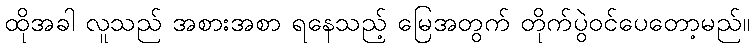
ထိုအခါ လူသည် အစားအစာ ရနေသည့် မြေအတွက် တိုက်ပွဲဝင်ပေတော့မည်။